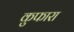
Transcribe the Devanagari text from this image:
कुफारा